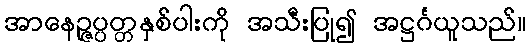
အာနေဉ္ဇပ္ပတ္တနှစ်ပါးကို အသီးပြု၍ အဋ္ဌင်္ဂယူသည်။